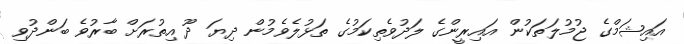
އައިޝަމްގެ ޖުމުލަތަކުން އައިރީންގެ ލަދުވެތިކަމުގެ ތަޅުލެވެމުން ދިޔަ ދޫ އިތުރަށް ބާރުވެ ބަންދުވި